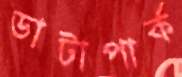
ডাটাপার্ক